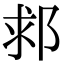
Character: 䣇